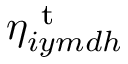
\eta _ { i y m d h } ^ { \mathrm { ~ t ~ } }